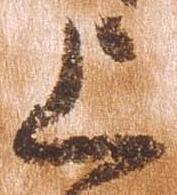
上